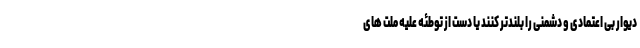
دیوار بی اعتمادی و دشمنی را بلندتر کنند یا دست از توطئه علیه ملت های